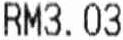
RM3.03